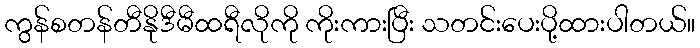
ကွန်စတန်တီနိုဒီမီထရီလိုကို ကိုးကားပြီး သတင်းပေးပို့ထားပါတယ်။